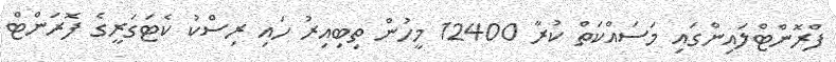
ފްރޮންޓްލައިންގައި މަސައްކަތް ކުރާ 12400 މީހުން ތިބިއިރު ހައި ރިސްކު ކެޓަގަރީގެ ފޮރަންޓް